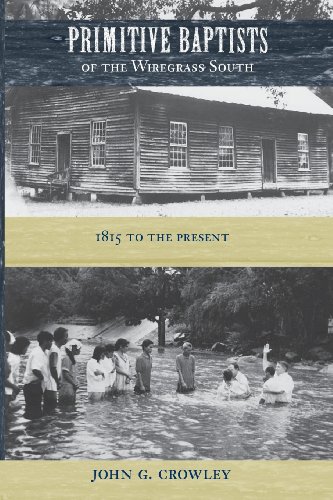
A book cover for Primitive Baptists of the Wiregrass South: 1815 to the Present; John G. Crowley; Christian Books & Bibles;